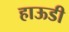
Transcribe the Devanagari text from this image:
हाऊडी